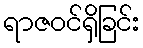
ရာဇဝင်ရှိခြင်း